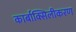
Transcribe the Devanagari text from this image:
कार्बाक्सिलीकरण